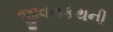
જીવનકથની